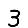
Digit: 3